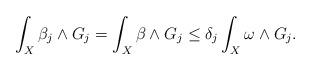
LaTeX: \begin{align*} \int_X \beta_j \wedge G_j = \int_X \beta \wedge G_j\leq \delta_j \int_X \omega \wedge G_j.\end{align*}